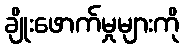
ချိုးဖောက်မှုများကို